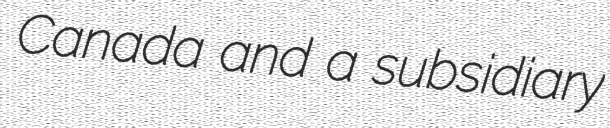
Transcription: Canada and a subsidiary